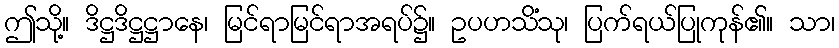
ဤသို့။ ဒိဋ္ဌဒိဋ္ဌဋ္ဌာနေ၊ မြင်ရာမြင်ရာအရပ်၌။ ဥပဟသိံသု၊ ပြက်ရယ်ပြုကုန်၏။ သာ၊